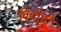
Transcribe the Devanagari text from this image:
विदोही